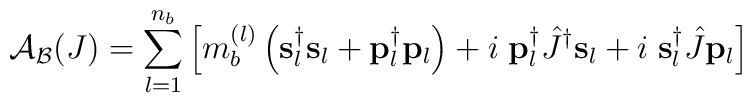
{\mathcal{A}}_{\mathcal{B}}(J)=\sum\limits_{l=1}^{n_b}\left[m_b^{(l)}\left({\bf{s}}_l^{\dag}{\bf{s}}_l+{\bf{p}}_l^{\dag}{\bf{p}}_l\right)+i\;{\bf{p}}_l^{\dag}\hat{J}^{\dag}{\bf{s}}_l+i\;{\bf{s}}_l^{\dag}\hat{J}{\bf p}_l\right]